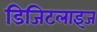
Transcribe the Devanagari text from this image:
डिजिटलाइज